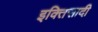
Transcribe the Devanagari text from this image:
इक्तिसादी